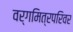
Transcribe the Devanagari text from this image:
वर्गमित्रपरिवर